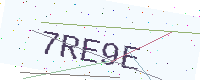
Text: 7RE9E